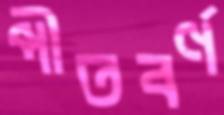
পীতবর্ণ